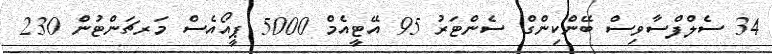
34 ސެލްފްސާވިސް ބޭންކިންގް ސެންޓަރު 95 އޭޓީއެމް 5000 ޕީއޯއެސް މަރޗަންޓުން 230